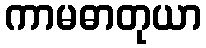
ကာမဓာတုယာ